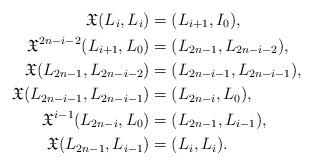
LaTeX: \begin{align*}\mathfrak{X}(L_i, L_i)&=(L_{i+1}, I_0),\\\mathfrak{X}^{2n-i-2}(L_{i+1}, L_0)&=(L_{2n-1}, L_{2n-i-2}),\\\mathfrak{X}(L_{2n-1}, L_{2n-i-2})&=(L_{2n-i-1}, L_{2n-i-1}),\\\mathfrak{X}(L_{2n-i-1}, L_{2n-i-1})&=(L_{2n-i}, L_{0}),\\\mathfrak{X}^{i-1}(L_{2n-i}, L_{0})&=(L_{2n-1}, L_{i-1}),\\\mathfrak{X}(L_{2n-1}, L_{i-1})&=(L_{i}, L_{i}).\end{align*}